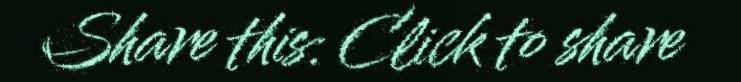
Share this: Click to share